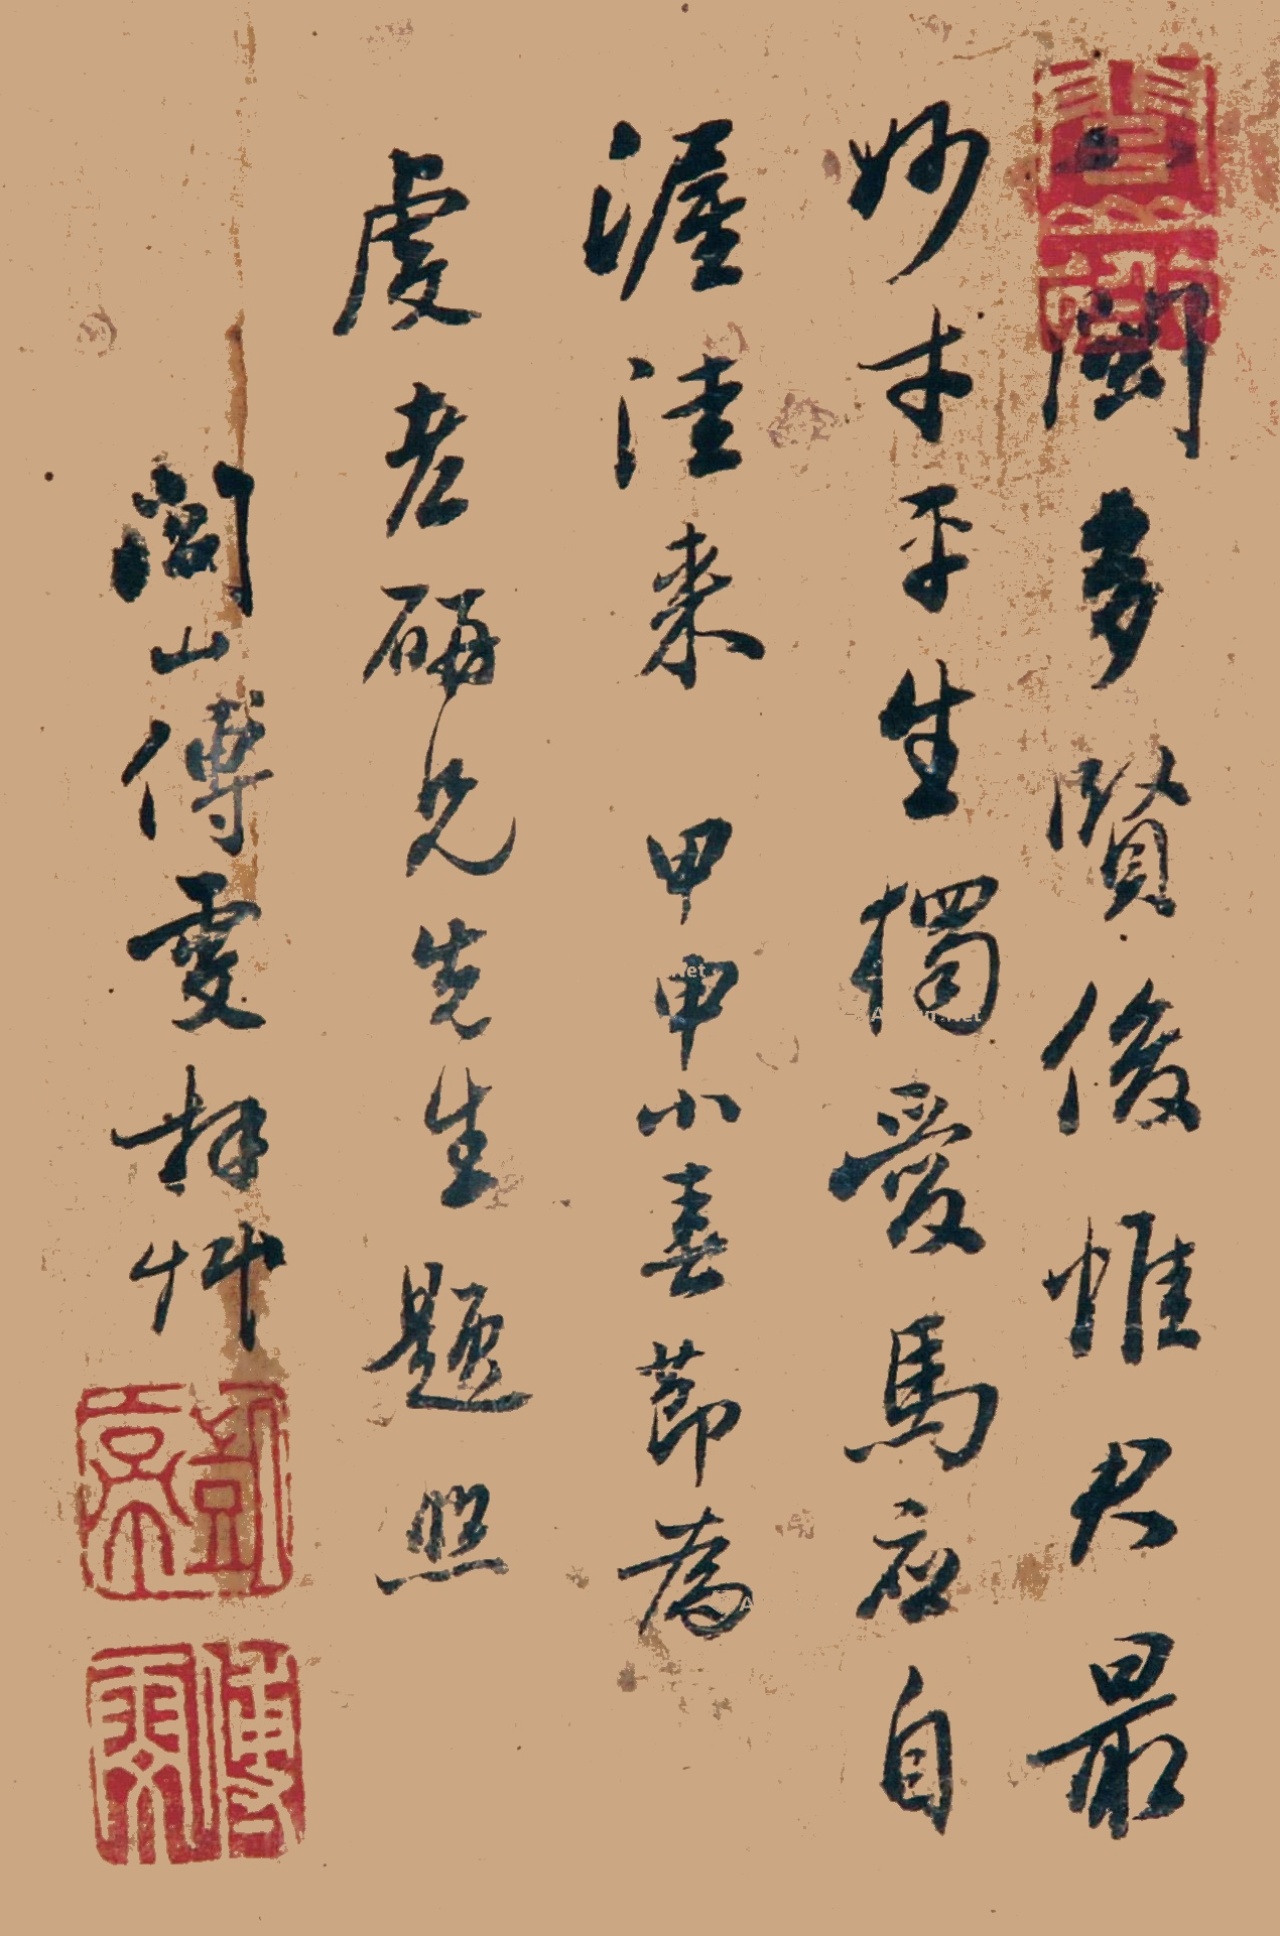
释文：八闽多贤俊，惟君最妙才。平生独爱马，应自渥洼来。甲申（1764年）小春节为虔老砚兄先生题照。闾山傅雯拜草。